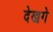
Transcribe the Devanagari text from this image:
देखगे